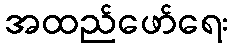
အထည်ဖော်ရေး